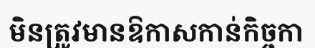
មិនត្រូវមានឱកាសកាន់កិច្ចកា